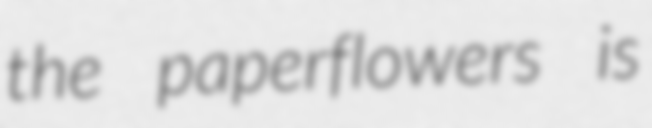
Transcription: the paperflowers is